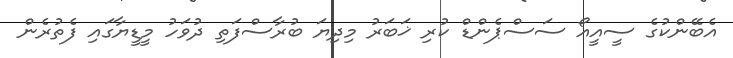
އެބޭންކުގެ ސީއީއޯ ސަސްޕެންޑް ކުރި ޚަބަރު މިދިޔަ ބުރާސްފަތި ދުވަހު މީޑީޔާގައި ފެތުރެން